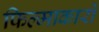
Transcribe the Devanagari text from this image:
फिल्माकारों